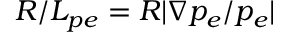
R / L _ { p e } = R | \nabla p _ { e } / p _ { e } |